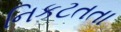
નિકટતતા